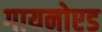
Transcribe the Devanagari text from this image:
गायनोएड